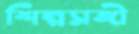
শিল্পসঙ্গী